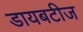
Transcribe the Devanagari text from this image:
डायबटीज